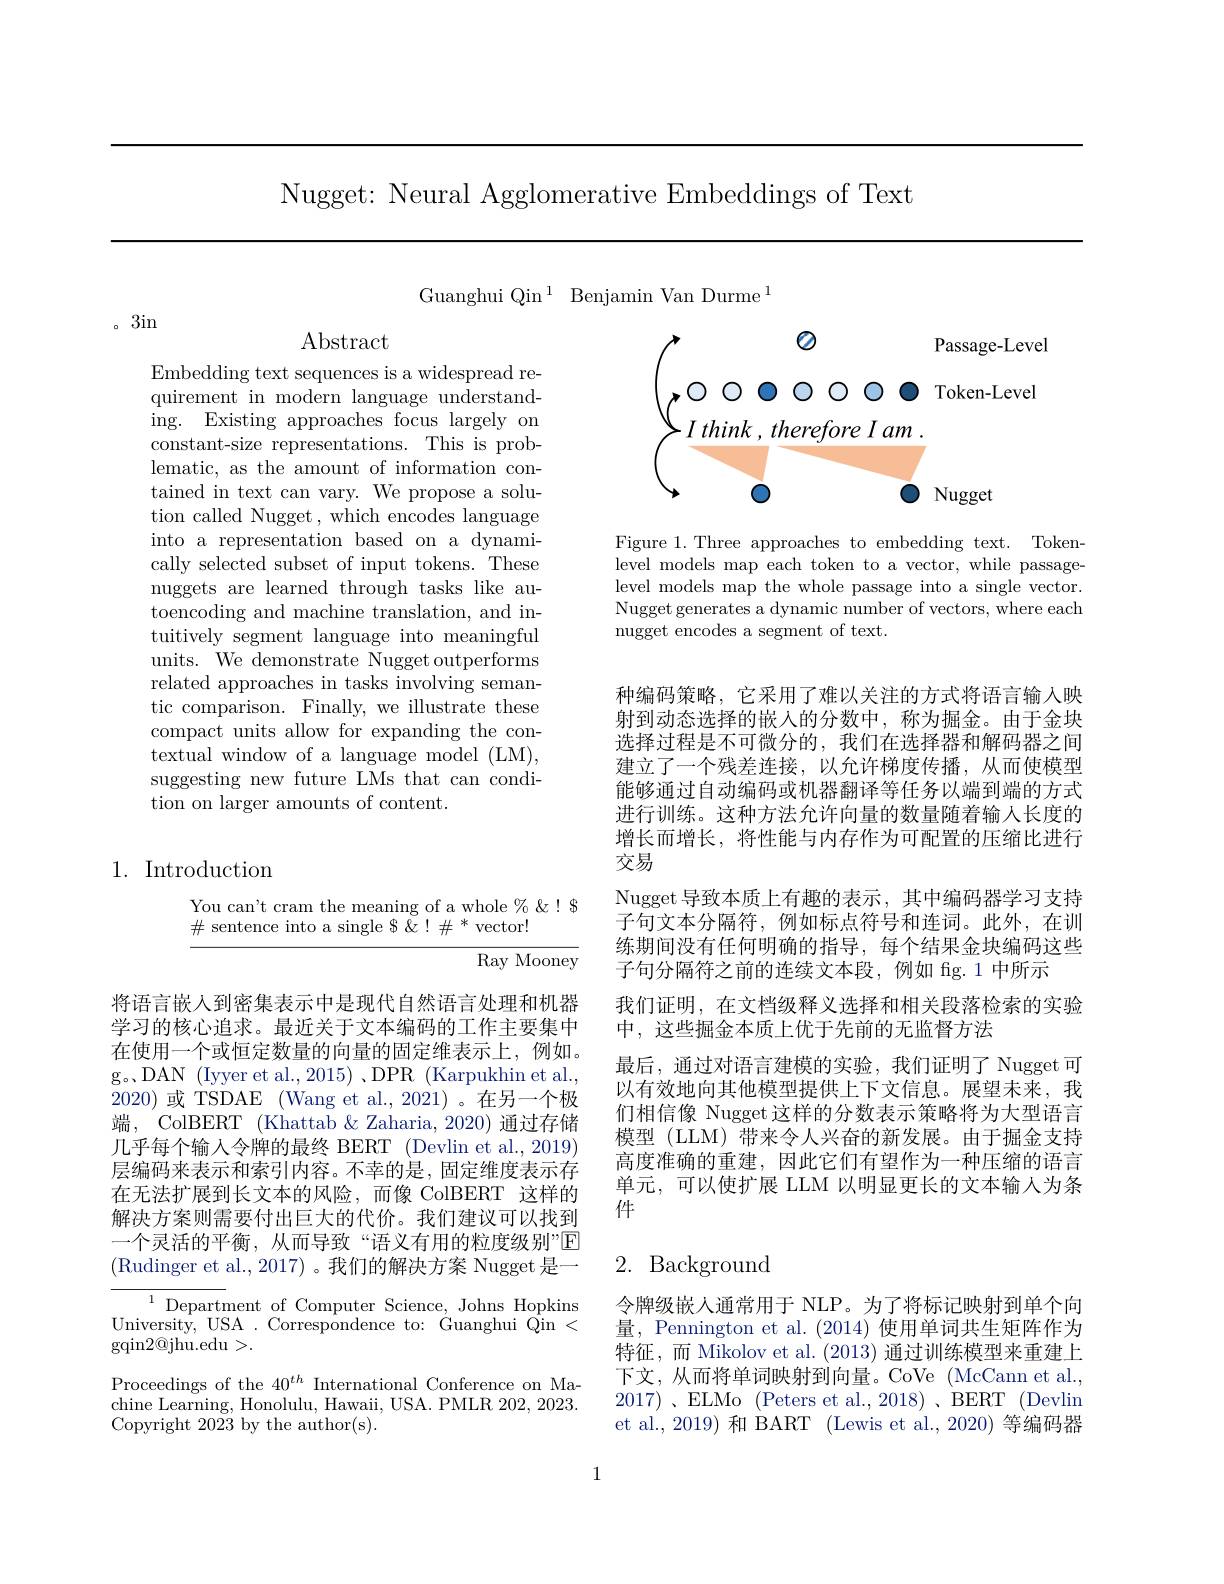
Nugget: Neural Agglomerative Embeddings of Text

Guanghui Qin$^1$ Benjamin Van Durme$^1$

。3in

Abstract

Embedding text sequences is a widespread requirement in modern language understanding. Existing approaches focus largely on constant-size representations. This is problematic, as the amount of information contained in text can vary. We propose a solution called Nugget, which encodes language into a representation based on a dynamically selected subset of input tokens. These nuggets are learned through tasks like autoencoding and machine translation, and intuitively segment language into meaningful units. We demonstrate Nugget outperforms related approaches in tasks involving semantic comparison. Finally, we illustrate these compact units allow for expanding the contextual window of a language model (LM), suggesting new future LMs that can condition on larger amounts of content.

1. Introduction

You can't cram the meaning of a whole $\%\&!\$$
$\#$ sentence into a single $\$\breve{\&}!\#^*$vector!

${\overline{\mathrm{Ray~Mooney}}}$

将语言嵌入到密集表示中是现代自然语言处理和机器学习的核心追求。最近关于文本编码的工作主要集中在使用一个或恒定数量的向量的固定维表示上，例如。g。DAN (Iyyer et al.,2015) ,DPR (Karpukhin et al., 2020)或 TSDAE (Wang et al., 2021)。在另一个极端，ColBERT (Khattab & Zaharia, 2020) 通过存储几乎每个输入令牌的最终 BERT (Devlin et al., 2019) 层编码来表示和索引内容。不幸的是，固定维度表示存在无法扩展到长文本的风险，而像 ColBERT 这样的解决方案则需要付出巨大的代价。我们建议可以找到一个灵活的平衡，从而导致“语义有用的粒度级别”$\overline{\mathrm{E}}$ (Rudinger et al., 2017)。我们的解决方案 Nugget 是一

${\overline{{^{1}\text{Depart}}}}$ment of Computer Science, Johns Hopkins University, USA . Correspondence to: Guanghui $\hat{\mathrm{Qin~}}<$ $\operatorname{gqin2@jhu.edu}>.$

Proceedings of the 40$^th$ International Conference on Machine Learning, Honolulu, Hawaii, USA. PMLR 202, 2023. Copyright 2023 by the author(s).

<FigureHere>

Figure 1.Three approaches to embedding text. Tokenlevel models map each token to a vector, while passagelevel models map the whole passage into a single vector. Nugget generates a dynamic number of vectors, where each nugget encodes a segment of text.

种编码策略，它采用了难以关注的方式将语言输人映射到动态选择的嵌入的分数中，称为掘金。由于金块选择过程是不可微分的，我们在选择器和解码器之间建立了一个残差连接，以允许梯度传播，从而使模型能够通过自动编码或机器翻译等任务以端到端的方式进行训练。这种方法允许向量的数量随着输入长度的增长而增长，将性能与内存作为可配置的压缩比进行交易
Nugget 导致本质上有趣的表示，其中编码器学习支持子句文本分隔符，例如标点符号和连词。此外，在训练期间没有任何明确的指导，每个结果金块编码这些子句分隔符之前的连续文本段，例如 fig.1 中所示
我们证明，在文档级释义选择和相关段落检索的实验
中，这些掘金本质上优于先前的无监督方法
最后，通过对语言建模的实验，我们证明了 Nugget 可以有效地向其他模型提供上下文信息。展望未来，我们相信像 Nugget这样的分数表示策略将为大型语言模型 (LLM) 带来令人兴奋的新发展。由于掘金支持高度准确的重建，因此它们有望作为一种压缩的语言单元，可以使扩展 LLM 以明显更长的文本输人为条件

# 2. Background

令牌级嵌人通常用于 NLP。为了将标记映射到单个向量，Pennington et al. (2014)使用单词共生矩阵作为特征，而 Mikolov et al. (2013)通过训练模型来重建上下文，从而将单词映射到向量。CoVe (McCann et al., 2017)、ELMo (Peters et al., 2018)、BERT (Devlin et al., 2019) 和 BART (Lewis et al., 2020) 等编码器

1